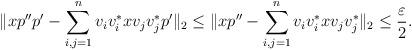
LaTeX: \begin{align*}\|xp''p'-\sum_{i,j=1}^nv_iv_i^*xv_jv_j^*p'\|_2\leq \|xp''-\sum_{i,j=1}^nv_iv_i^*xv_jv_j^*\|_2\leq\frac{\varepsilon}{2}.\end{align*}